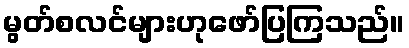
မွတ်စလင်များဟုဖော်ပြကြသည်။